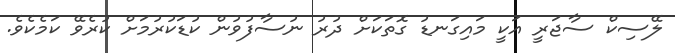
ލޭސިކް ސާޖަރީ އަކީ މައިގަނޑު ގޮތަކަށް ދުރު ނުސާފުވުން ކުޑަކުރުމަށް ކުރެވޭ ކަމެކެވެ.